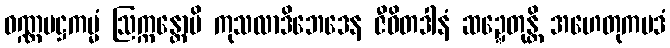
ဝဏ္ဏမဋ္ဌကမ္မံ ဩက္ကန္တောပိ ကုသလာဒိဘေဒေန ဇီဝိတဒါနံ ဆဍ္ဍေတုန္တိ အဟေတုကပဒံ